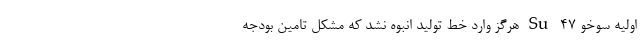
اولیه سوخو Su-47 هرگز وارد خط تولید انبوه نشد که مشکل تامین بودجه